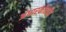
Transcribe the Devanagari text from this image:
अंधारकोठडीत